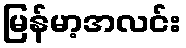
မြန်မာ့အလင်း